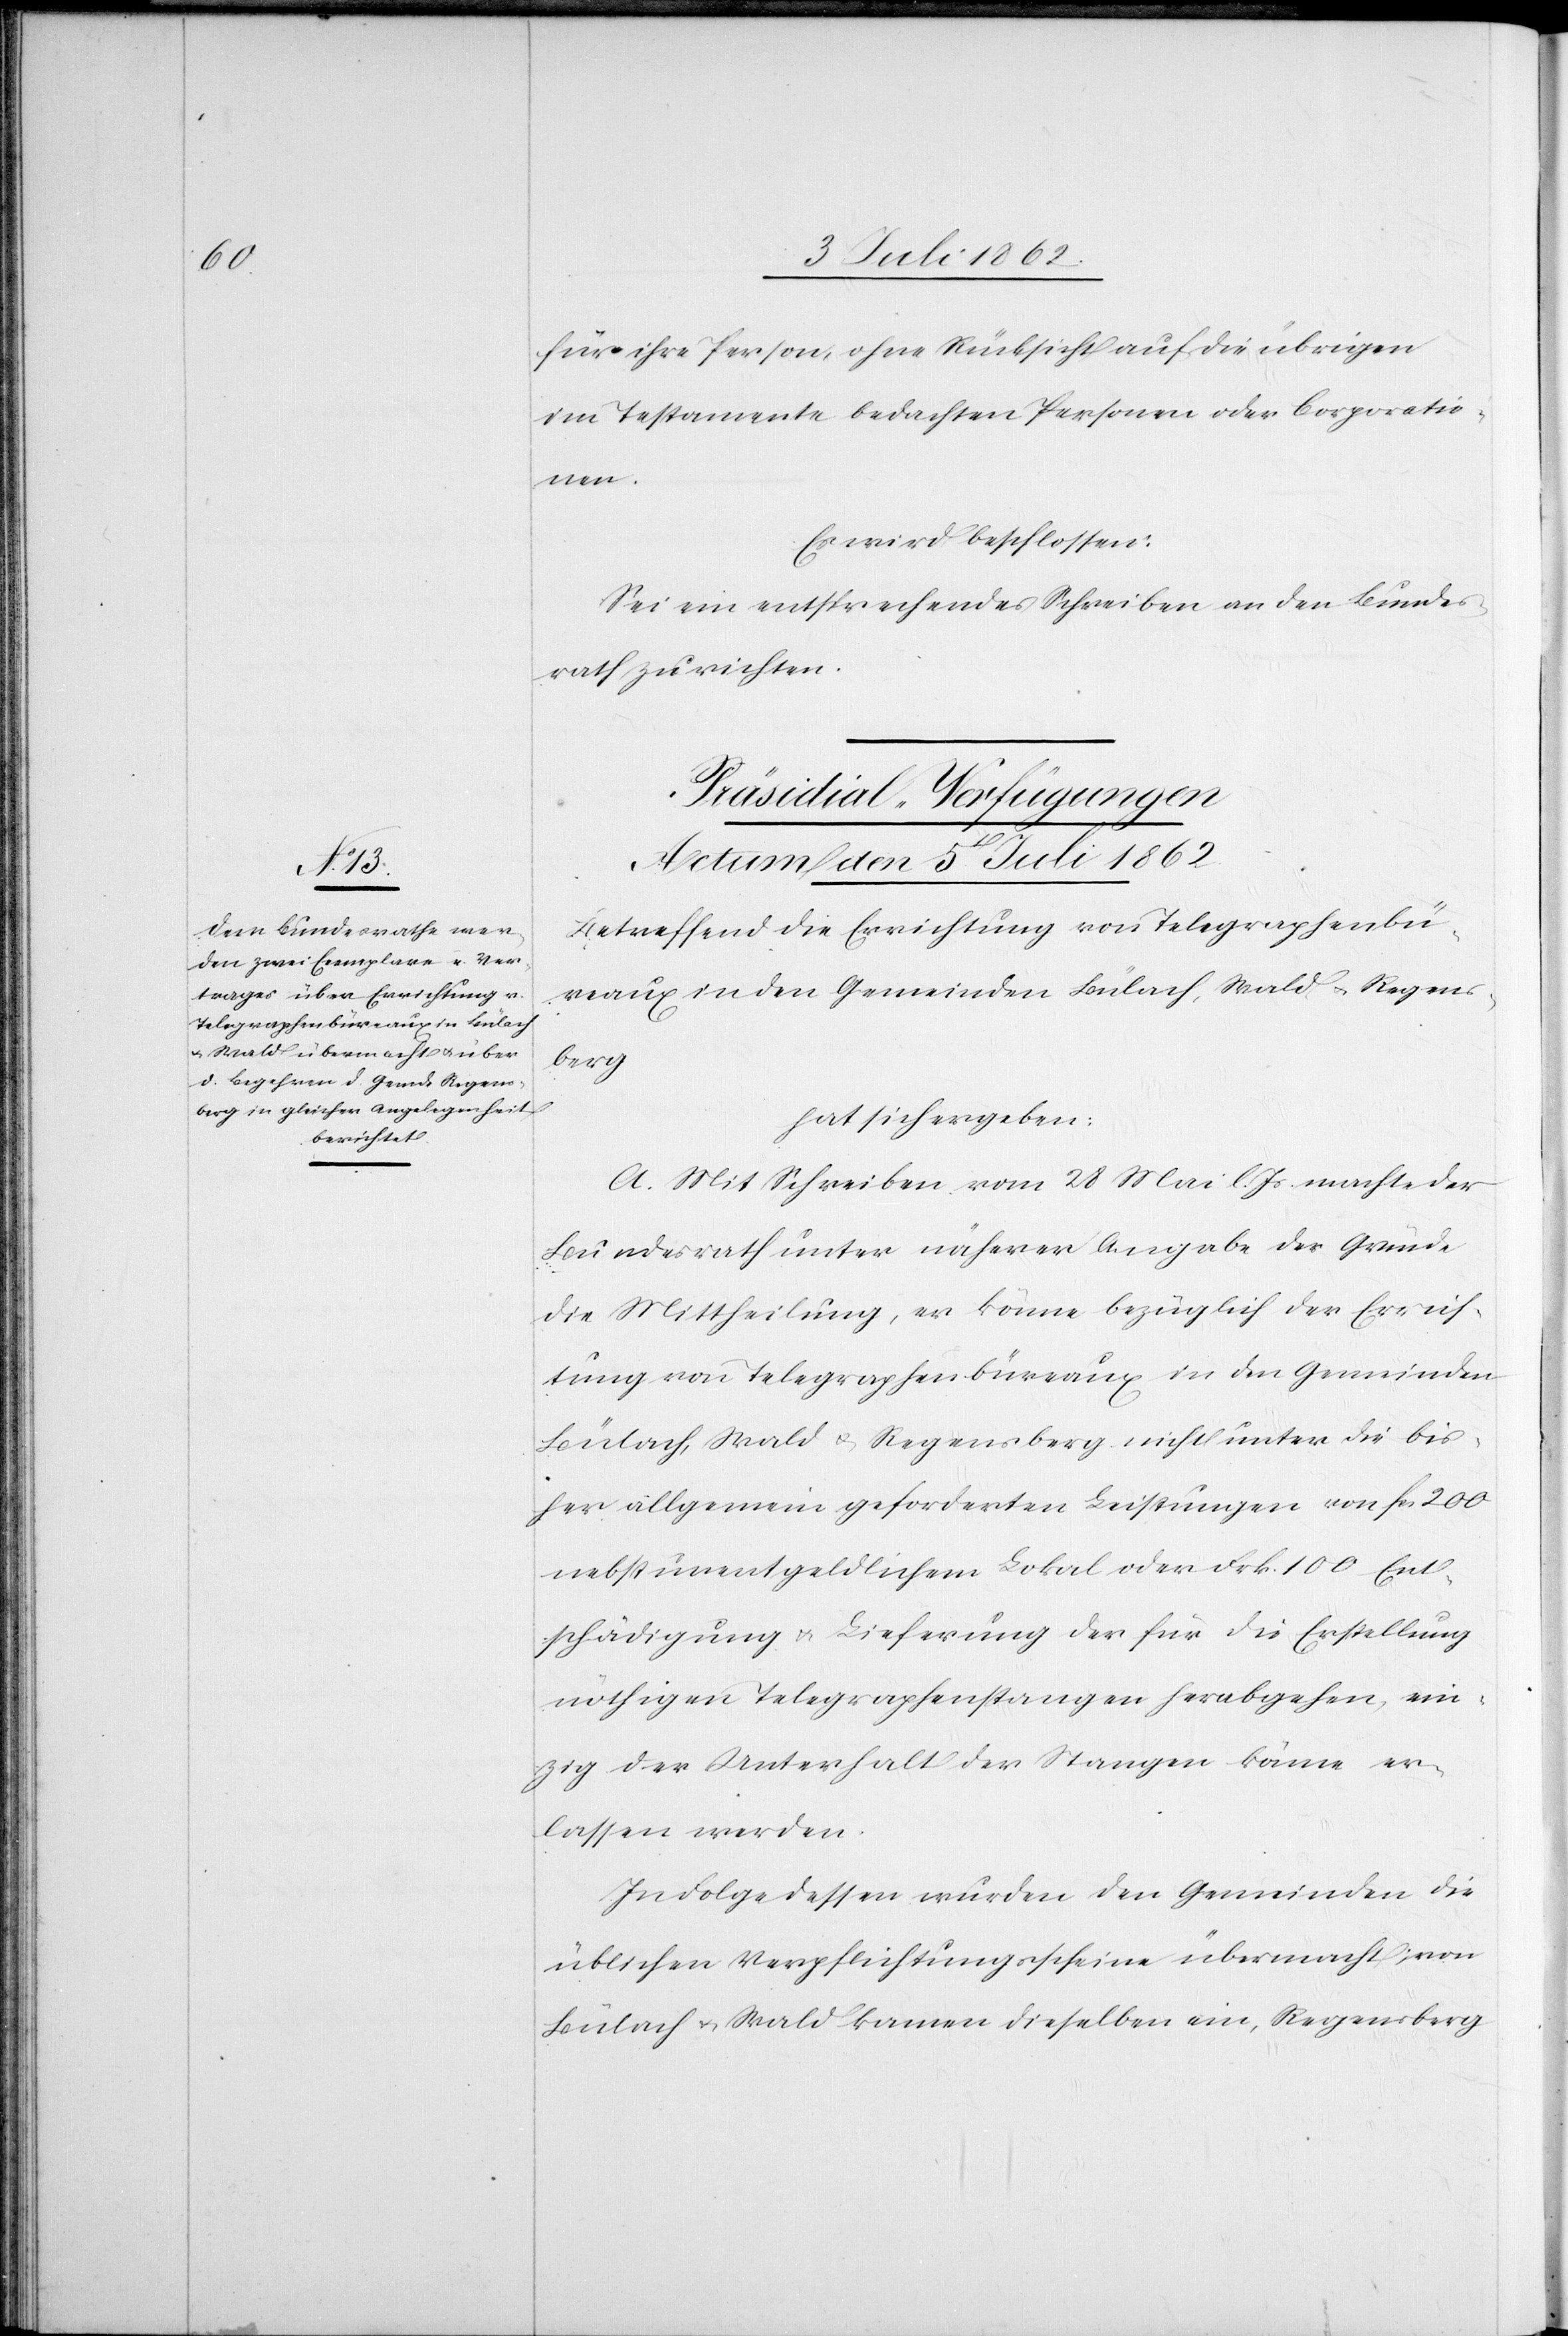
für ihre Person, ohne Rücksicht auf die übrigen
im Testamente bedachten Personen oder Corporatio¬
nen.
Es wird beschlossen:
Sei ein entsprechendes Schreiben an den Bundes¬
rath zu richten.
Präsidial-Verfügungen
Actum den 5t[en]. Juli 1862.
Betreffend die Errichtung von Telegraphenbü¬
reaux in den Gemeinden Bülach, Wald u. Regens¬
berg
hat sich ergeben:
A. Mit Schreiben vom 28 Mai l. Js. machte der
Bundesrath unter näherer Angabe der Gründe
die Mittheilung, er könne bezüglich der Errich¬
tung von Telegraphenbüreaux in den Gemeinden
Bülach, Wald u. Regensberg nicht unter die bis¬
her allgemein geforderten Leistungen von Fcs. 200
nebst unentgeldlichem Lokal oder Frk. 100 Ent¬
schädigung u. Lieferung des für die Erstellung
nöthigen Telegraphenstangen herabgehen, ein¬
zig der Unterhalt der Stangen könne er¬
lassen werden.
In Folge dessen wurden den Gemeinden die
üblichen Verpflichtungsscheine übermacht, von
Bülach u. Wald kamen dieselben ein, Regensberg